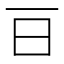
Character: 𣄼